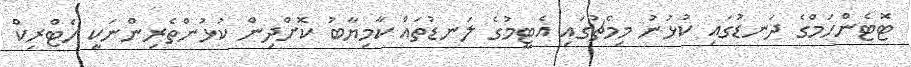
ޓޮޓެންހަމްގެ ދަނޑުގައި ކުޅުނު މިމެޗުގައި އެޓީމުގެ ލަނޑުތައް ކާމިޔާބު ކޮށްދިން ކުޅުންތެރިންނަކީ ހެޓްރިކް